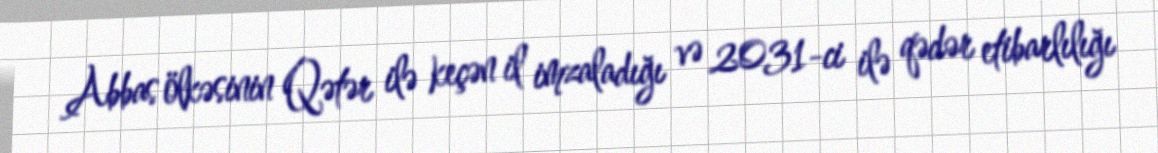
Abbas ölkəsinin Qətər ilə keçən il imzaladığı və 2031-ci ilə qədər etibarlılığı